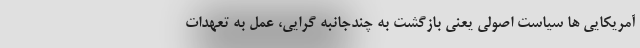
آمریکایی ها سیاست اصولی یعنی بازگشت به چندجانبه گرایی، عمل به تعهدات